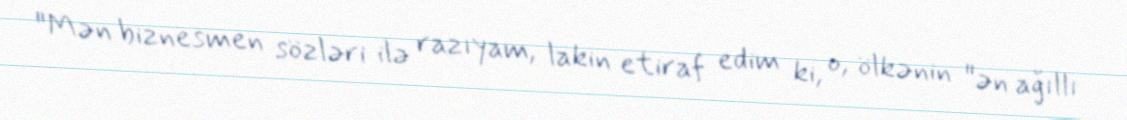
"Mən biznesmen sözləri ilə razıyam, lakin etiraf edim ki, o, ölkənin "ən ağıllı